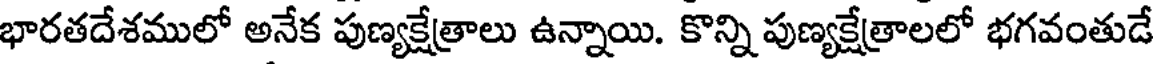
భారతదేశములో అనేక పుణ్యక్షేత్రాలు ఉన్నాయి. కొన్ని పుణ్యక్షేత్రాలలో భగవంతుడే